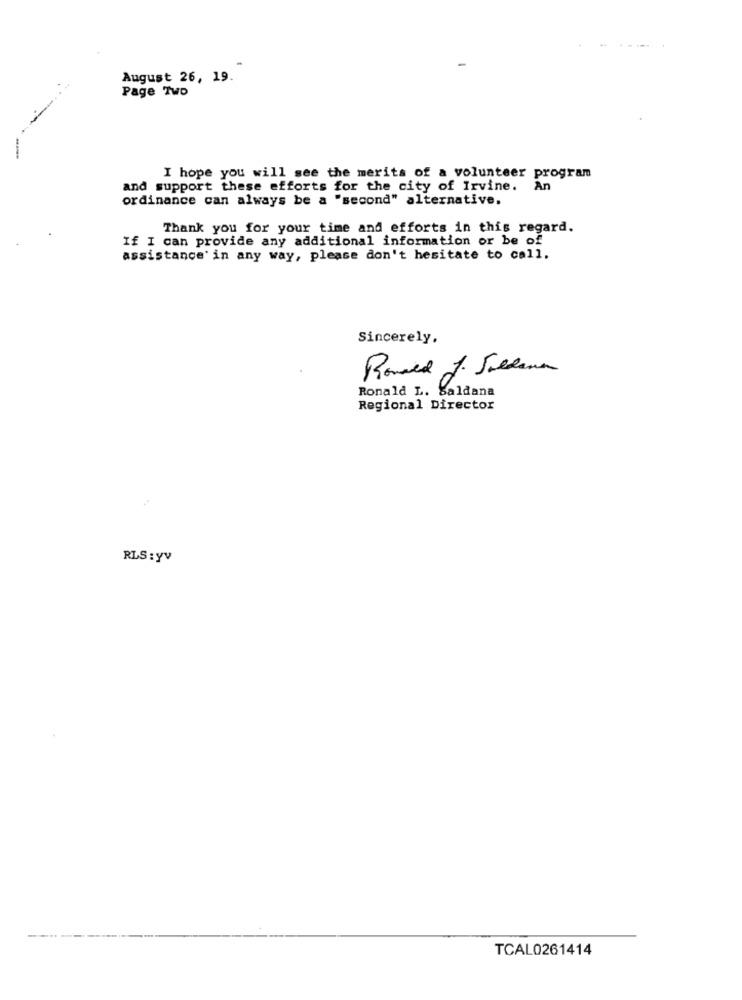
August 26, 19.
Page Two
I hope you will see the merits of a volunteer program
and support these efforts for the city of Irvine. An
ordinance can always be a "second" alternative.
Thank you for your time and efforts in this regard.
If I can provide any additional information or be of
assistance' in any way, please don't hesitate to call.
Sincerely,
Ronald J. Saldana
Ronald L. Saldana
Regional Director
RLS : yv
TCAL0261414